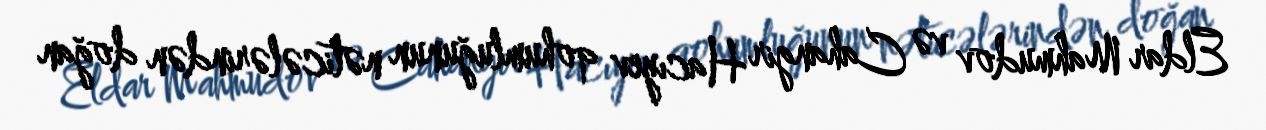
Eldar Mahmudov və Cahangir Hacıyev qohumluğunun nəticələrindən doğan